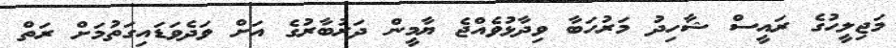
މަޖިލީހުގެ ރައީސް ޝާހިދު މަރުހަބާ ވިދާޅުވެއްޖެ ޔާމީން ދަރުބާރުގެ އަށް ވަދެވަޑައިގަތުމަށް ރަތް